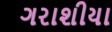
ગરાશીયા